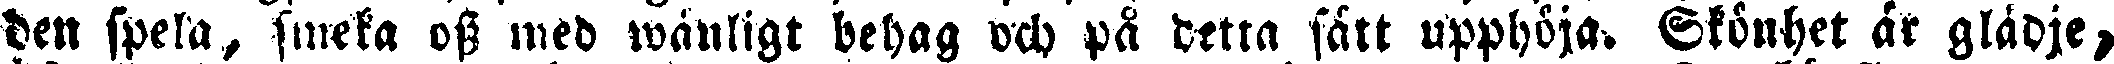
den spela, sweka oss med wanligt behag och på detta fått upphöja. Skönhet är glädje,